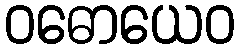
ဝဓောယေဝ